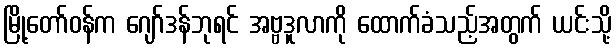
မြို့တော်ဝန်က ဂျော်ဒန်ဘုရင် အဗ္ဗဒူလာကို ထောက်ခံသည့်အတွက် ယင်းသို့